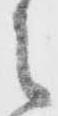
之